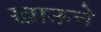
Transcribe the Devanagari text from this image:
खाऊचे